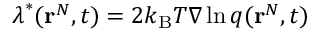
\boldsymbol { \lambda } ^ { * } ( \mathbf { r } ^ { N } , t ) = 2 k _ { \mathrm { B } } T \nabla \ln q ( \mathbf { r } ^ { N } , t )